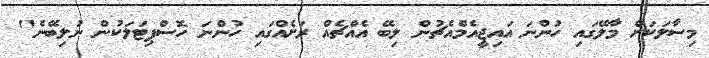
މިސާލަކަށް މާލޭގައި ހުންނަ އައިޖީއެމްއެޗުން ލިބޭ އެއްޗެއް ރަށެއްގައި ހުންނަ ހޮސްޕިޓަލަކުން ނުލިބޭނެ"